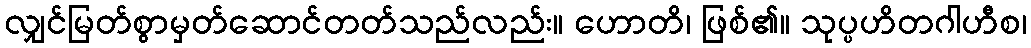
လျှင်မြတ်စွာမှတ်ဆောင်တတ်သည်လည်း။ ဟောတိ၊ ဖြစ်၏။ သုပ္ပဟိတဂါဟီစ၊